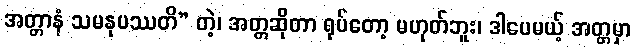
အတ္တာနံ သမနုပဿတိ” တဲ့၊ အတ္တဆိုတာ ရုပ်တော့ မဟုတ်ဘူး၊ ဒါပေမယ့် အတ္တမှာ